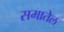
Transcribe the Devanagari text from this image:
समातेल